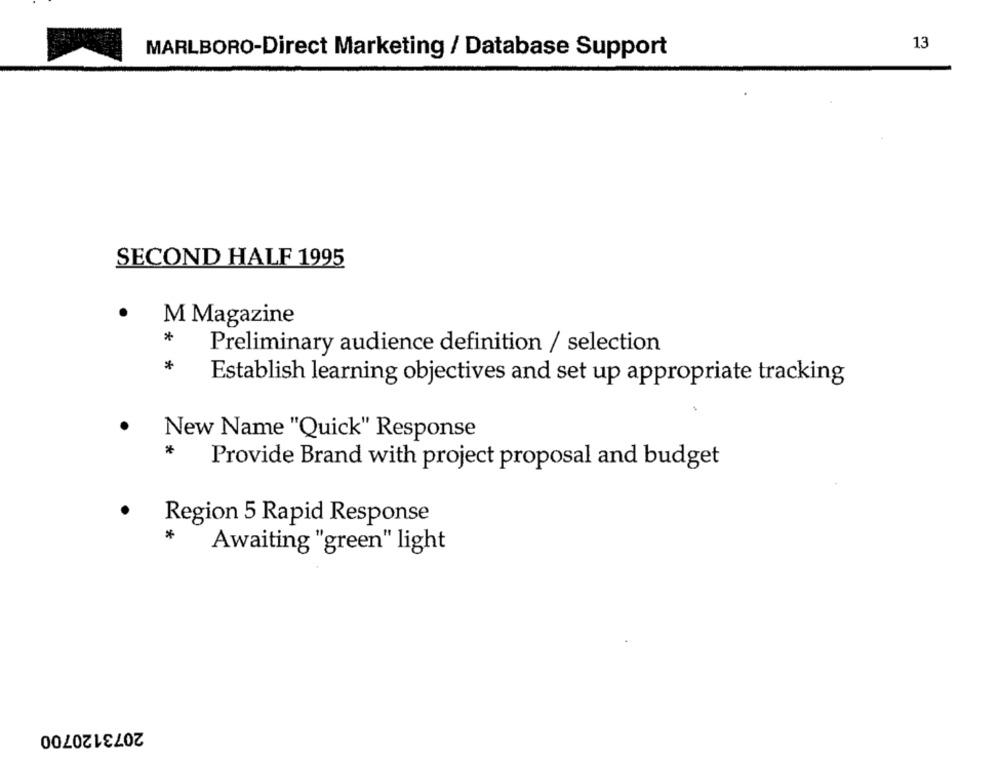
13
MARLBORO-Direct Marketing / Database Support
SECOND HALF 1995
.
M Magazine
*
Preliminary audience definition / selection
*
Establish learning objectives and set up appropriate tracking
New Name "Quick" Response
*
Provide Brand with project proposal and budget
.
Region 5 Rapid Response
*
Awaiting "green" light
2073120700